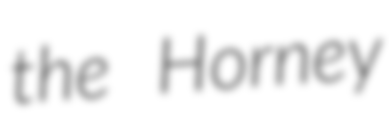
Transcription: the Horney